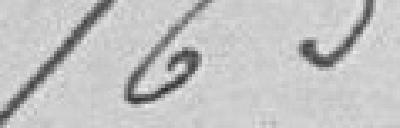
165